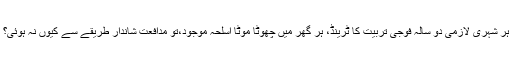
ہر شہری لازمی دو سالہ فوجی تربیت کا ٹرینڈ، ہر گھر میں چھوٹا موٹا اسلحہ موجود،تو مدافعت شاندار طریقے سے کیوں نہ ہوئی؟